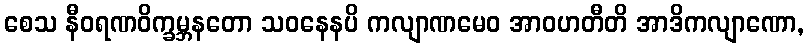
စေသ နီဝရဏဝိက္ခမ္ဘနတော သဝနေနပိ ကလျာဏမေဝ အာဝဟတီတိ အာဒိကလျာဏော,